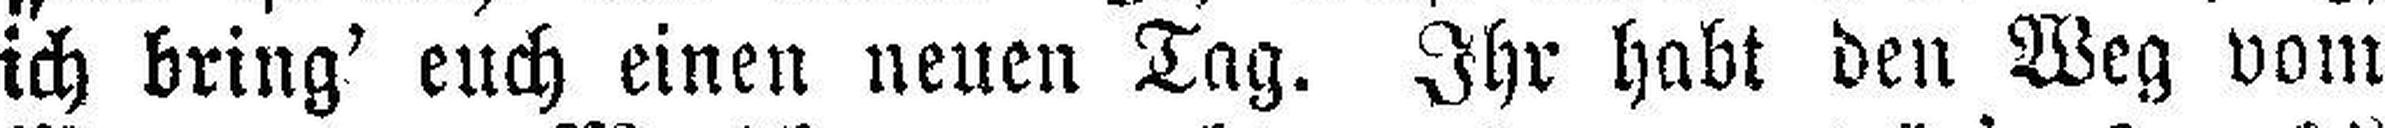
ich bring' euch einen neuen Tag. Ihr habt den Weg vom